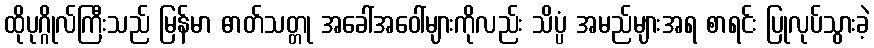
ထိုပုဂ္ဂိုလ်ကြီးသည် မြန်မာ ဓာတ်သတ္တု အခေါ်အဝေါ်များကိုလည်း သိပ္ပံ အမည်များအရ စာရင်း ပြုလုပ်သွားခဲ့